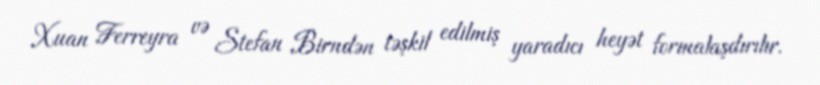
Xuan Ferreyra və Stefan Birndən təşkil edilmiş yaradıcı heyət formalaşdırılır.